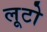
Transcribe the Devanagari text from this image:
लूटो